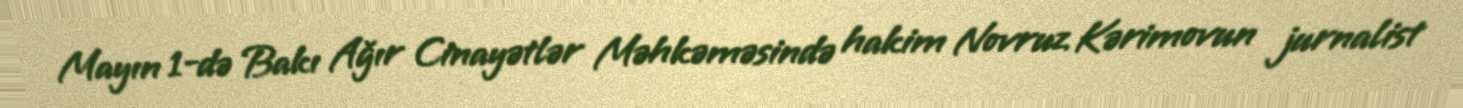
Mayın 1-də Bakı Ağır Cinayətlər Məhkəməsində hakim Novruz Kərimovun jurnalist